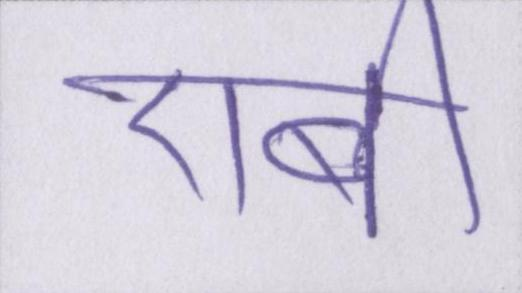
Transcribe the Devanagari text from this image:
एबी